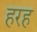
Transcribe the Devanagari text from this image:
हरह